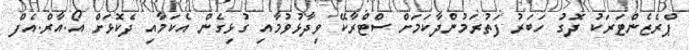
ޕްރެޒެންޓަރަކު ދޮގު ހަބަރު ފަތުރަމުންދާކަމަށް ސްޓްރާކޭ ވިދާޅުވުމާއި ގުޅިގެން އެކަމާއި ދެކޮޅަށް އޯ.އާރް.އެފް